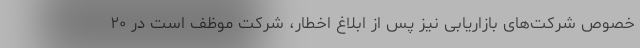
خصوص شرکت‌های بازاریابی نیز پس از ابلاغ اخطار، شرکت موظف است در ۲۰